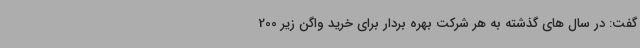
گفت: در سال های گذشته به هر شرکت بهره بردار برای خرید واگن زیر 200